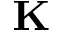
\mathbf { K }